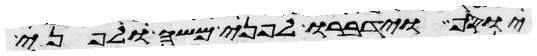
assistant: יוסף וידברו לפני משה ולפני